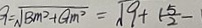
G = \sqrt { B m ^ { 2 } + G m ^ { 2 } } = \sqrt { 9 + ( \frac { 5 } { 2 } - }